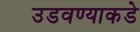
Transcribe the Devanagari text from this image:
उडवण्याकडे